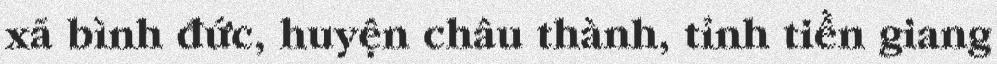
xã bình đức, huyện châu thành, tỉnh tiền giang